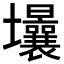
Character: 𡔒